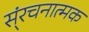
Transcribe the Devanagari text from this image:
स्ंरचनात्मक